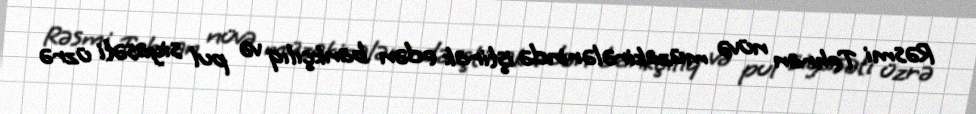
Rəsmi Tehran nüvə müzakirələrində iştirak edən bankçılıq və pul siyasəti üzrə